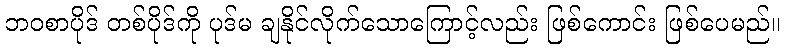
ဘဝစာပိုဒ် တစ်ပိုဒ်ကို ပုဒ်မ ချနိုင်လိုက်သောကြောင့်လည်း ဖြစ်ကောင်း ဖြစ်ပေမည်။